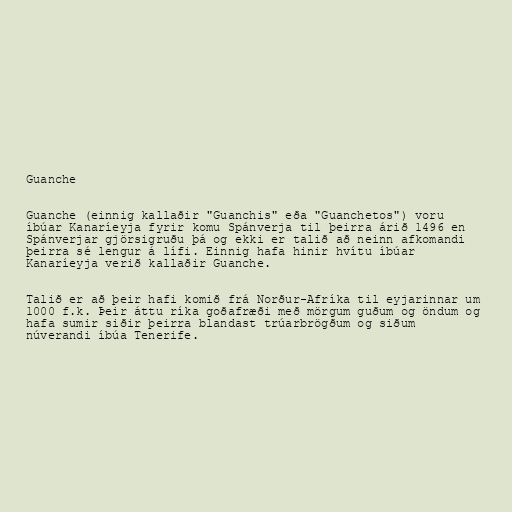
Guanche

Guanche (einnig kallaðir "Guanchis" eða "Guanchetos") voru
íbúar Kanaríeyja fyrir komu Spánverja til þeirra árið 1496 en
Spánverjar gjörsigruðu þá og ekki er talið að neinn afkomandi
þeirra sé lengur á lífi. Einnig hafa hinir hvítu íbúar
Kanaríeyja verið kallaðir Guanche.

Talið er að þeir hafi komið frá Norður-Afríka til eyjarinnar um
1000 f.k. Þeir áttu ríka goðafræði með mörgum guðum og öndum og
hafa sumir siðir þeirra blandast trúarbrögðum og siðum
núverandi íbúa Tenerife.